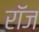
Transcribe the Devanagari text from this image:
रॉज